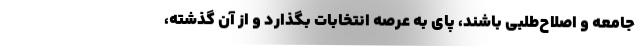
جامعه و اصلاح‌طلبی باشند، پای به عرصه انتخابات بگذارد و از آن گذشته،